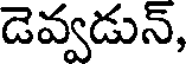
డెవ్వడున్,